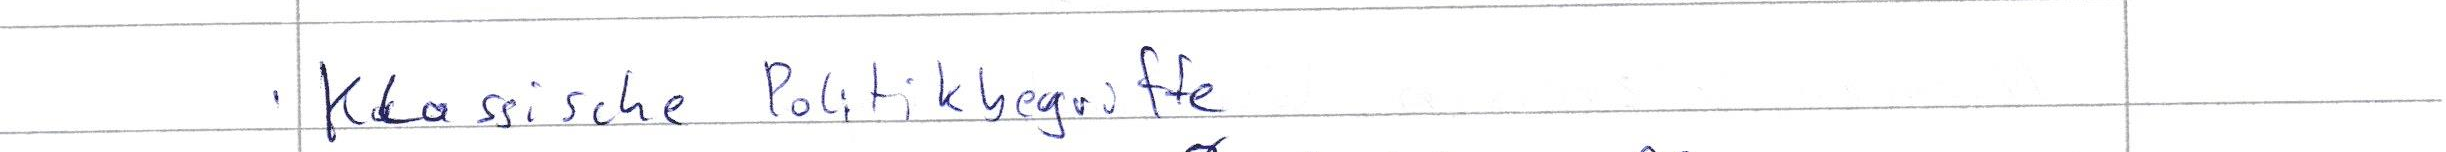
Klassische Politikbegriffe